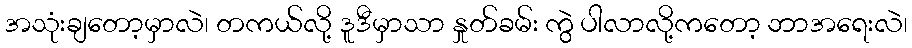
အသုံးချတော့မှာလဲ၊ တကယ်လို့ ဒူဒီမှာသာ နှုတ်ခမ်း ကွဲ ပါလာလို့ကတော့ ဘာအရေးလဲ၊